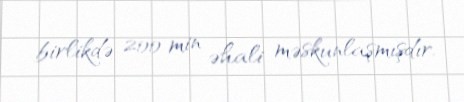
birlikdə 200 min əhali məskunlaşmışdır.